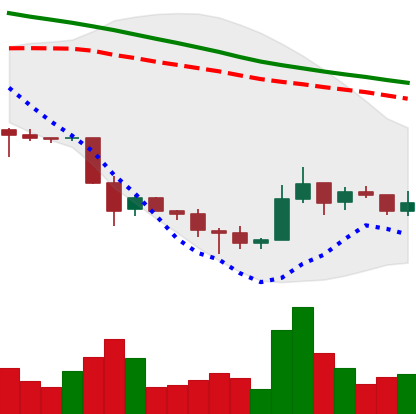
Ticker: TRX-USD
Chart end date: 2018-12-04
Forward return: -5.461%
Label: down_5_7